Problem: 9 × 3 = ?
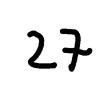
Handwritten answer: 27